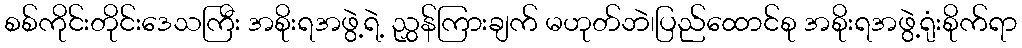
စစ်ကိုင်းတိုင်းဒေသကြီး အစိုးရအဖွဲ့ရဲ့ ညွှန်ကြားချက် မဟုတ်ဘဲ၊ပြည်ထောင်စု အစိုးရအဖွဲ့ရုံးစိုက်ရာ